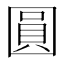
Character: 圓